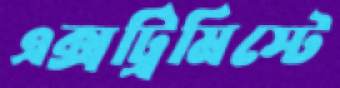
এক্সট্রিমিস্টে